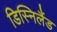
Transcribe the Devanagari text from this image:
डिस्निलैंड